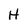
Character: H